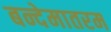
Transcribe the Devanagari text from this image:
बन्देमातरम